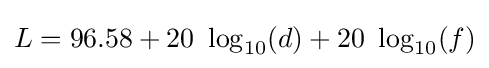
L=96.58+20\ \log _{10}(d)+20\ \log _{10}(f)